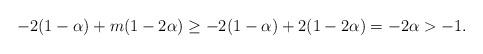
LaTeX: \begin{align*}-2(1-\alpha)+m(1-2\alpha)\geq -2(1-\alpha)+2(1-2\alpha)=-2\alpha>-1.\end{align*}